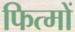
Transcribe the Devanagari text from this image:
फित्मों